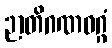
ဉာတိဂဏဝဂ္ဂံ